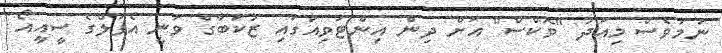
ނަމަވެސް މިއަދު "ވޮކްސް" އަށް ދިން އިންޓަވިއުގައި ޒުކަބާގް ވަނީ އެޕަލްގެ ސީއީއޯ